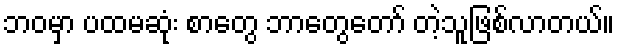
ဘဝမှာ ပထမဆုံး စာတွေ ဘာတွေတော် တဲ့သူဖြစ်လာတယ်။